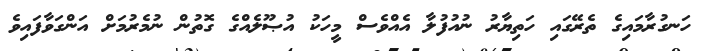
ހަނގުރާމައިގެ ތެރޭގައި ހަތިޔާރު ނުއުފުލާ އެއްވެސް މީހަކު އުޞޫލެއްގެ ގޮތުން ނުމެރުމަށް އަންގަވާފައިވެ